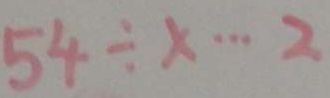
5 4 \div x \cdots 2